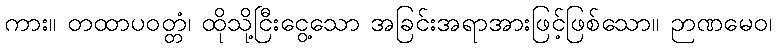
ကား။ တထာပဝတ္တံ၊ ထိုသို့ငြီးငွေ့သော အခြင်းအရာအားဖြင့်ဖြစ်သော။ ဉာဏမေဝ၊